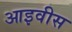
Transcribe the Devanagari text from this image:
आइवीस